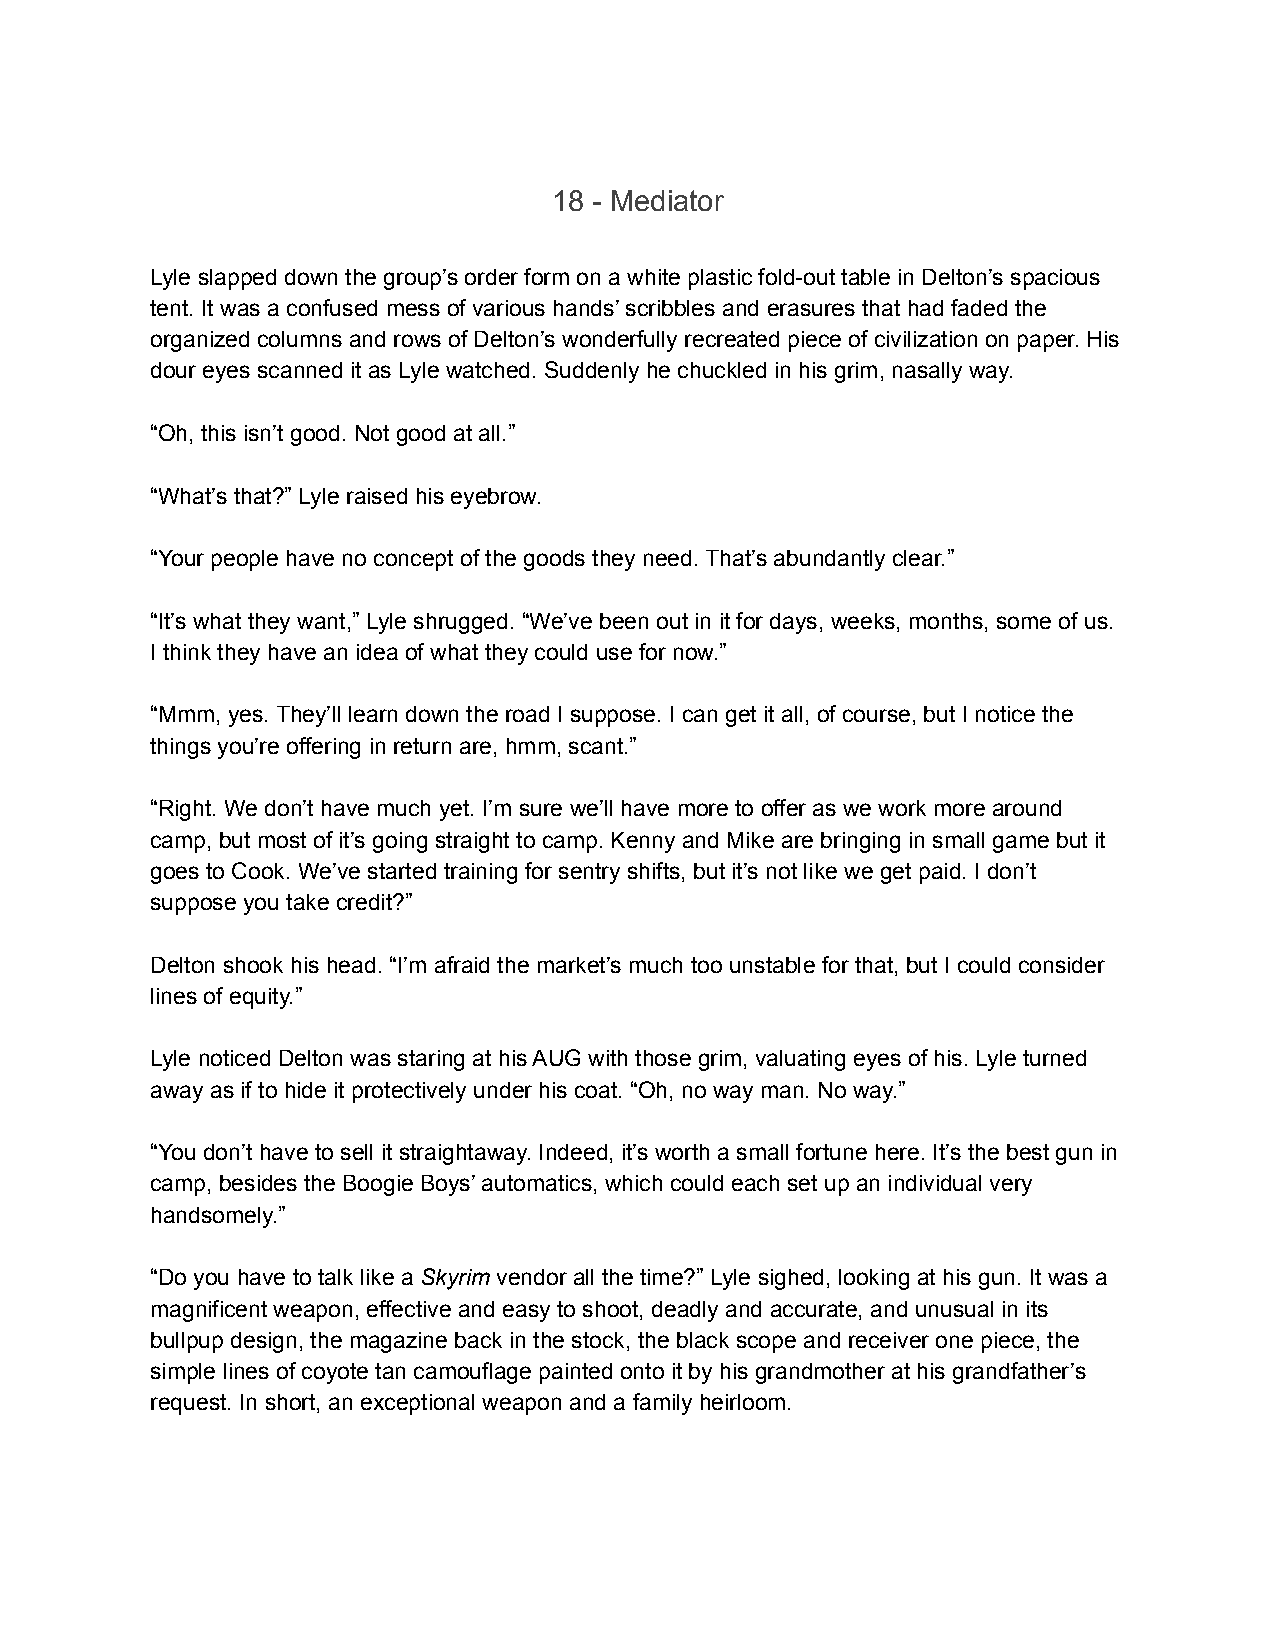
18 - Mediator
 Lyle slapped down the group’s order form on a white plastic fold-out table in Delton’s spacious
 tent. It was a confused mess of various hands’ scribbles and erasures that had faded the
 organized columns and rows of Delton’s wonderfully recreated piece of civilization on paper. His
 dour eyes scanned it as Lyle watched. Suddenly he chuckled in his grim, nasally way.
 “Oh, this isn’t good. Not good at all.”
 “What’s that?” Lyle raised his eyebrow.
 “Your people have no concept of the goods they need. That’s abundantly clear.”
 “It’s what they want,” Lyle shrugged. “We’ve been out in it for days, weeks, months, some of us.
 I think they have an idea of what they could use for now.”
 “Mmm, yes. They’ll learn down the road I suppose. I can get it all, of course, but I notice the
 things you’re offering in return are, hmm, scant.”
 “Right. We don’t have much yet. I’m sure we’ll have more to offer as we work more around
 camp, but most of it’s going straight to camp. Kenny and Mike are bringing in small game but it
 goes to Cook. We’ve started training for sentry shifts, but it’s not like we get paid. I don’t
 suppose you take credit?”
 Delton shook his head. “I’m afraid the market’s much too unstable for that, but I could consider
 lines of equity.”
 Lyle noticed Delton was staring at his AUG with those grim, valuating eyes of his. Lyle turned
 away as if to hide it protectively under his coat. “Oh, no way man. No way.”
 “You don’t have to sell it straightaway. Indeed, it’s worth a small fortune here. It’s the best gun in
 camp, besides the Boogie Boys’ automatics, which could each set up an individual very
 handsomely.”
 “Do you have to talk like a Skyrim vendor all the time?” Lyle sighed, looking at his gun. It was a
 magnificent weapon, effective and easy to shoot, deadly and accurate, and unusual in its
 bullpup design, the magazine back in the stock, the black scope and receiver one piece, the
 simple lines of coyote tan camouflage painted onto it by his grandmother at his grandfather’s
 request. In short, an exceptional weapon and a family heirloom.